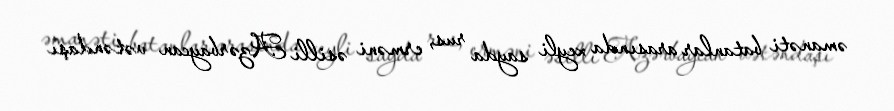
əmanəti batanlar arasında xeyli sayda rus, erməni əsilli Azərbaycan vətəndaşı